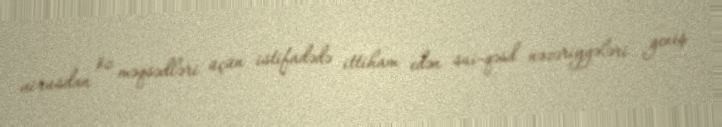
virusdan öz məqsədləri üçün istifadədə ittiham edən sui-qəsd nəzəriyyələri geniş